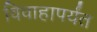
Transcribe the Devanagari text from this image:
विवाहापर्यंत